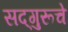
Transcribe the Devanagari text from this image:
सद्‌गुरूचे